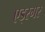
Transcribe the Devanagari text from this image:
एड्स्गर